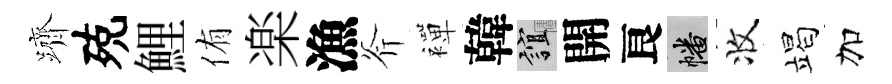
躋殑鯉侑楽漁斧襌韓誼開良幡收竭加